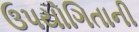
ઉપયોગિતાની